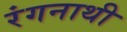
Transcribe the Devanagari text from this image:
रंगनाथी